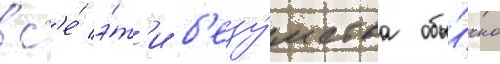
вс'е́ э́т'и б'езу́мства обы́чно